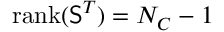
\mathrm { r a n k } ( { \mathsf S } ^ { T } ) = N _ { C } - 1